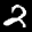
Label: 2